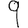
Digit: 9